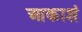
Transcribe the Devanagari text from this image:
आकाशं